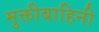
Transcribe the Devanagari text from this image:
मुक्तीबाहिनी